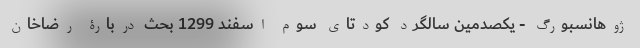
ژوهانسبورگ - یکصدمین سالگرد کودتای سوم اسفند 1299 بحث دربارۀ رضاخان